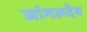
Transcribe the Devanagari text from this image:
जांगलदेव